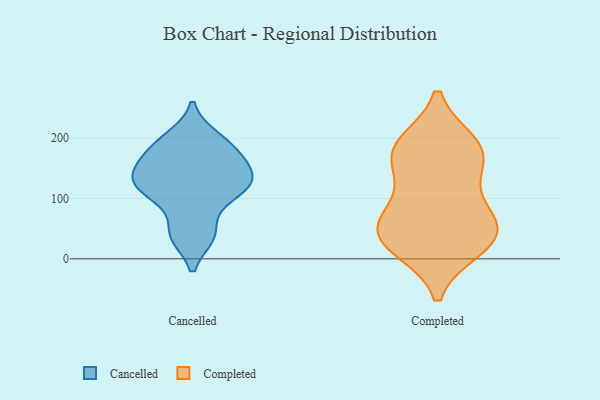
{"axis": {"x": "Market Share (%)", "y": "Value"}, "legend": ["Cancelled", "Completed"], "data": [{"x": "", "y": 41, "type": "Cancelled"}, {"x": "", "y": 171, "type": "Cancelled"}, {"x": "", "y": 39, "type": "Cancelled"}, {"x": "", "y": 156, "type": "Cancelled"}, {"x": "", "y": 200, "type": "Cancelled"}, {"x": "", "y": 139, "type": "Cancelled"}, {"x": "", "y": 188, "type": "Cancelled"}, {"x": "", "y": 118, "type": "Cancelled"}, {"x": "", "y": 102, "type": "Cancelled"}, {"x": "", "y": 118, "type": "Cancelled"}, {"x": "", "y": 131, "type": "Cancelled"}, {"x": "", "y": 175, "type": "Completed"}, {"x": "", "y": 29, "type": "Completed"}, {"x": "", "y": 59, "type": "Completed"}, {"x": "", "y": 178, "type": "Completed"}, {"x": "", "y": 37, "type": "Completed"}, {"x": "", "y": 20, "type": "Completed"}, {"x": "", "y": 71, "type": "Completed"}, {"x": "", "y": 44, "type": "Completed"}, {"x": "", "y": 188, "type": "Completed"}, {"x": "", "y": 115, "type": "Completed"}, {"x": "", "y": 172, "type": "Completed"}]}